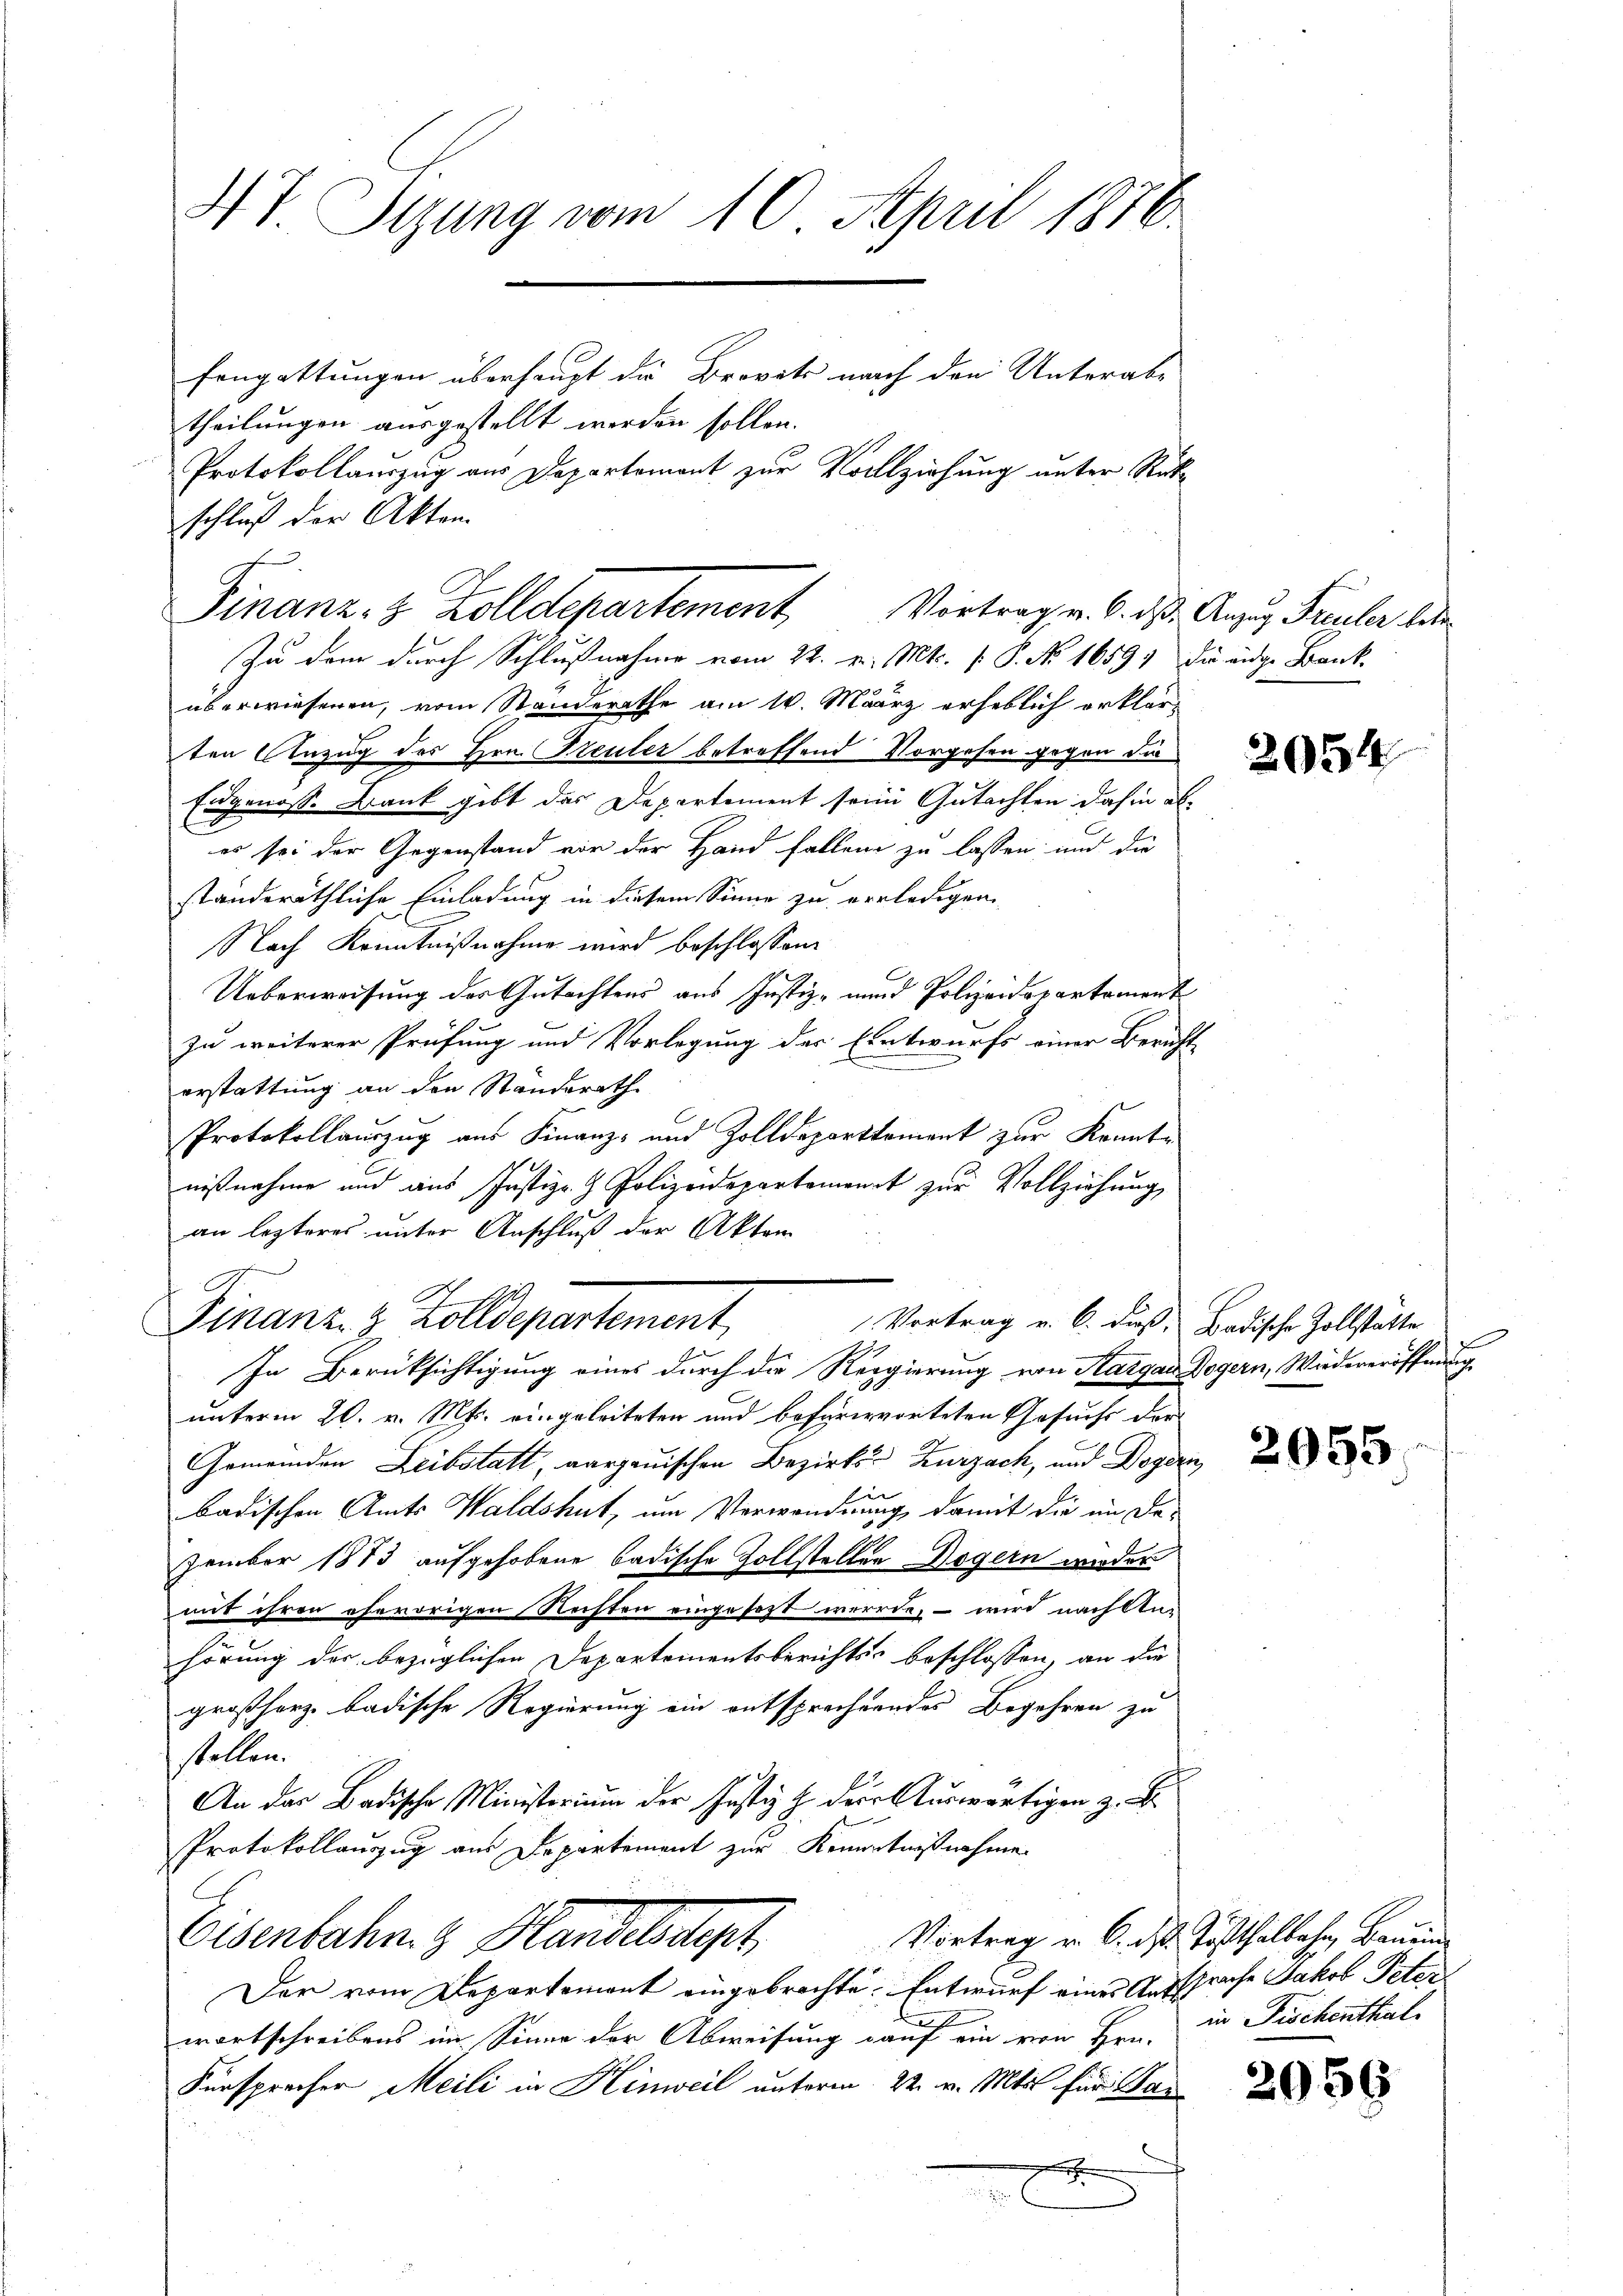
47 Sizung vom 10. April 1876
Fongattungen überhaupt die Brevets nach den Unterabtheilungen ausgestellt werden sollen.
Protokollauszug aus Departement zur Vollziehung unter Rüka¬

schluß der Akten.
überwiesenen, vom Standerathe am 1. März erheblich erklär
ten Anzug des Hrn. Steuler betreffend Vorgehen gegen die
Eugenosse Bank gibt das Departement seine Gutachten dahin als
es sei der Gegenstand vor der Hand fallen zu lassen und die
ständeräthliche Einladung in diesem Sinne zu verledigen.
Nach Kenntnißnahme wird beschlossen:
Ueberweisung des Gutachtens aus Justiz- und Polizeidepartement
zu weiterer Prüfung und Vorlegung der Entwurfs einer Bericht-
erstattung an den Standerath
Protokollauszug aus Finanz- und Zolldeparttement zur Kranke
nißnahme und aus Justiz- & Polizeidepartement zur Vollziehung,
an lezteres unter Anschluß der Akten
G
Finanz- & Zolldepartement,
Vortrag v. 6. dieß, Badische Zollstätte
In Berücksichtigung eines durch die Regierung von Sargau Dogern, Wiedereröffnung
unterm 20. v. Mts. eingeleiteten und befürworteten Gesuchs der
Gemeinden Leibstatt, aargauischen Bezirks- Zurzach, und Dogern
e
badischen Amts Waldshut, um Verwandnung, damit die im Dezember 1873 aufgehobene badische Zollsteller Dogern wieder
mit ihren ehevorigen Rechten eingesezt werde, – wird nach An-
hörung der bezüglichen Departementsberichts beschlossen, an die
großherz badische Regierung ein entsprechtendes Begehren zu
stellen.
An das Badische Ministerium der Justiz z. der Auswärtigen z. B.
Protokollauszug aus Departement zur Kenntnißnahme
Vortrag v. 6. ds. Tößthaltehr, Benen
Eisenbahn & Handelstat
Der vom Departement eingebrachte. Entwurf eines Aussprache Jakob Peterwortschreibens im Sinne der Abweisung auf ein von Hrn. in Fischenthal¬
Fürsprecher Meili in Hinweil unterm 22. v. Mts. für War

Finanz- & Zolldepartement Vortrag, v. 6. ds. Anzug, Freuler bes
Zu dem durch Schlußnahme vom 22. v. Mts. [ P. No 1659) die eidge Bank-

2054

2055

2059